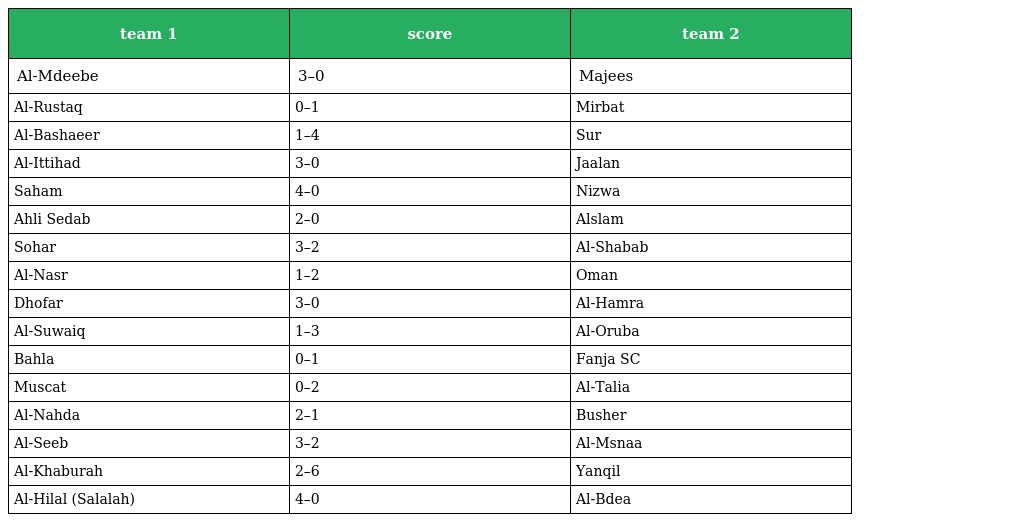
| team 1 | score | team 2 |
 | --- | --- | --- |
 | Al-Mdeebe | 3–0 | Majees |
 | Al-Rustaq | 0–1 | Mirbat |
 | Al-Bashaeer | 1–4 | Sur |
 | Al-Ittihad | 3–0 | Jaalan |
 | Saham | 4–0 | Nizwa |
 | Ahli Sedab | 2–0 | Alslam |
 | Sohar | 3–2 | Al-Shabab |
 | Al-Nasr | 1–2 | Oman |
 | Dhofar | 3–0 | Al-Hamra |
 | Al-Suwaiq | 1–3 | Al-Oruba |
 | Bahla | 0–1 | Fanja SC |
 | Muscat | 0–2 | Al-Talia |
 | Al-Nahda | 2–1 | Busher |
 | Al-Seeb | 3–2 | Al-Msnaa |
 | Al-Khaburah | 2–6 | Yanqil |
 | Al-Hilal (Salalah) | 4–0 | Al-Bdea |